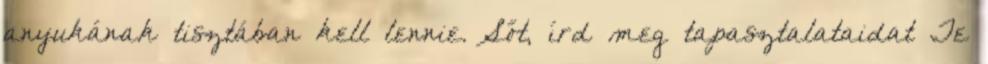
anyukának tisztában kell lennie. Sőt, írd meg tapasztalataidat Te